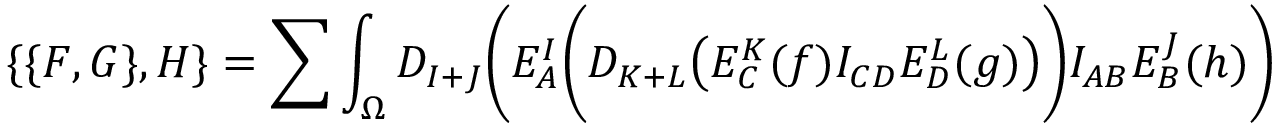
\{ \{ F , G \} , H \} = \sum \int _ { \Omega } D _ { I + J } \Biggl ( E _ { A } ^ { I } \biggl ( D _ { K + L } \bigl ( E _ { C } ^ { K } ( f ) I _ { C D } E _ { D } ^ { L } ( g ) \bigr ) \biggr ) I _ { A B } E _ { B } ^ { J } ( h ) \Biggr )